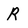
Character: R